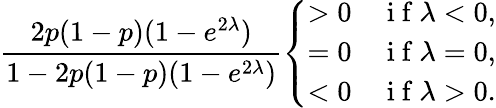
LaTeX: \frac{2p(1-p)(1-e^{2\lambda})}{1-2p(1-p)(1-e^{2\lambda})}\left\{ \begin{array}{ll}{>0}&{\mathrm{~i~f~}\lambda<0,}\\ {=0}&{\mathrm{~i~f~}\lambda=0,}\\ {<0}&{\mathrm{~i~f~}\lambda>0.}\end{array}\right.